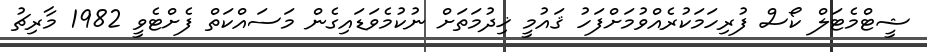
ޝީޓްމެޓަލް ކޯސް ފުރިހަމަކުރެއްވުމަށްފަހު ޤައުމީ ޚިދުމަތަށް ނުކުމެވަޑައިގެން މަސައްކަތް ފެށްޓެވީ 1982 މާރިޗު